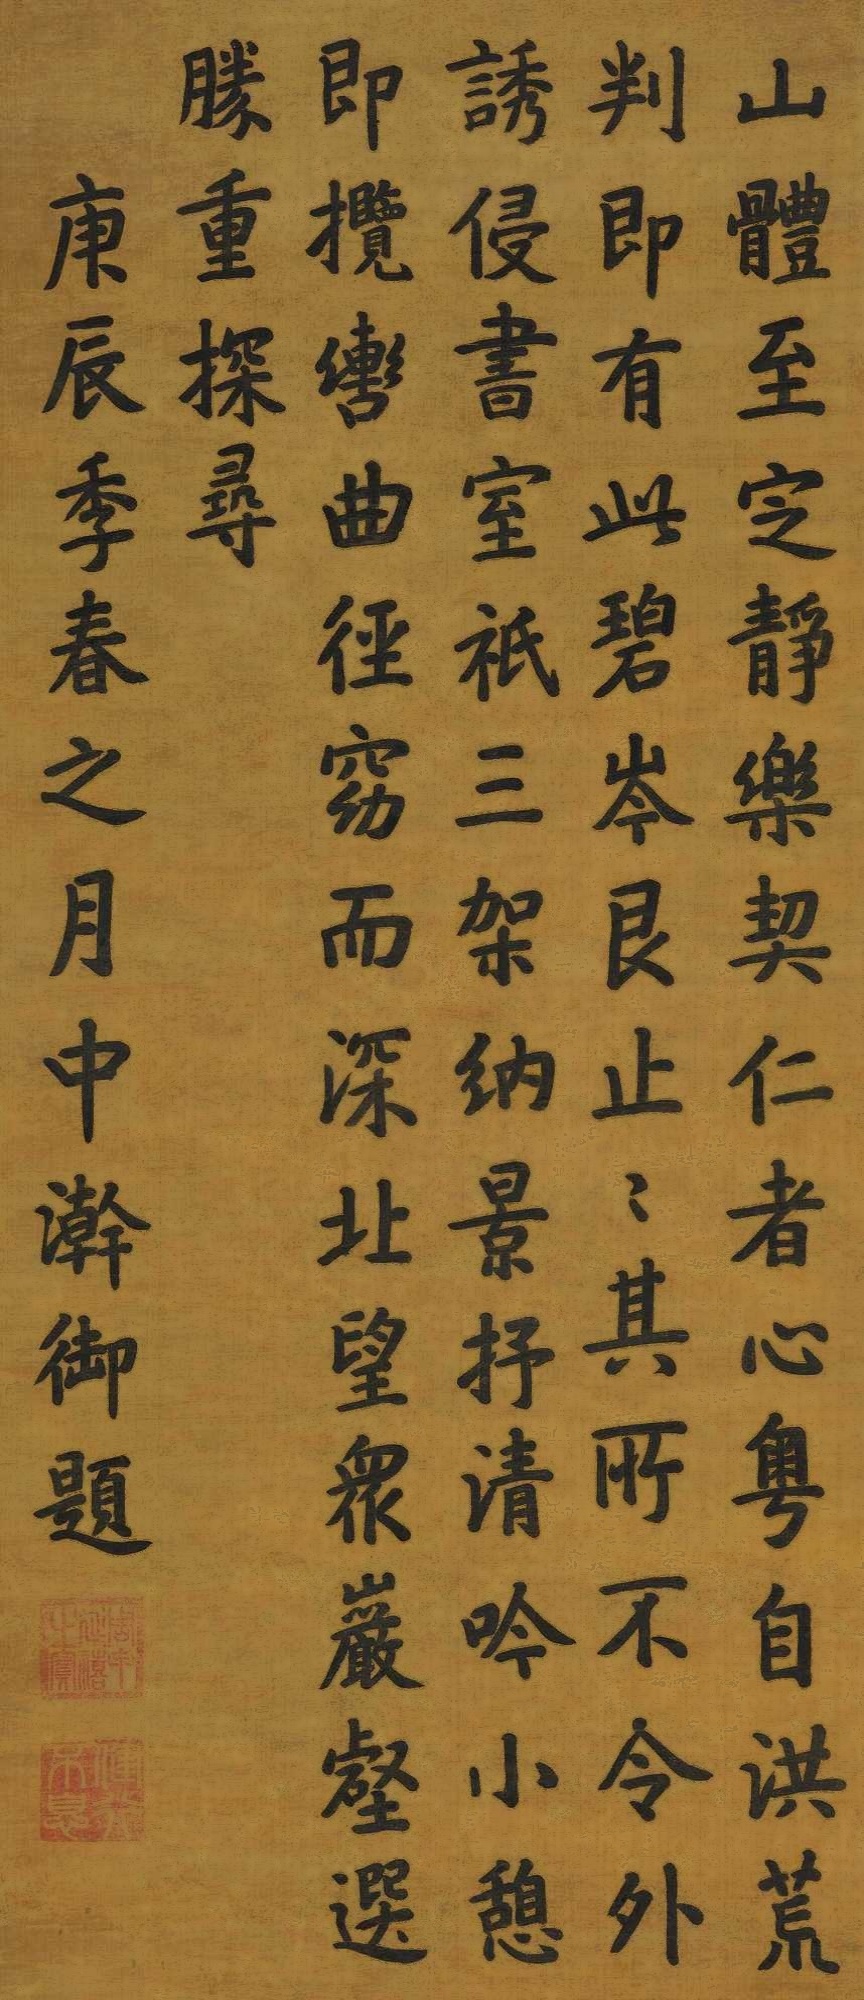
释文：山体至㝎静，乐契仁者心。粤自洪荒判，即有此碧岑。艮止止其所，不令外诱侵。书室祇三架，纳景抒清吟。小憩即揽辔，曲径窈而深。北望众岩壑，选胜重探寻。庚辰年春之月中澣御题。